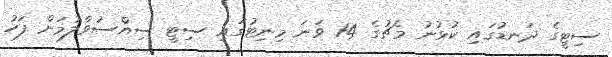
ސިޓީގެ ދަނޑުގައި ކުޅުނު މެޗުގެ 14 ވަނަ މިނިޓުގައި ސިޓީ ސިއްސުވާލުމަށް ފަހު